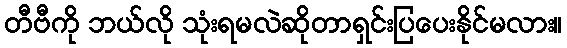
တီဗီကို ဘယ်လို သုံးရမလဲဆိုတာရှင်းပြပေးနိုင်မလား။